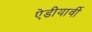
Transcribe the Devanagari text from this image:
ऐडीयार्वी